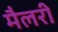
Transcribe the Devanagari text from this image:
मैलरी